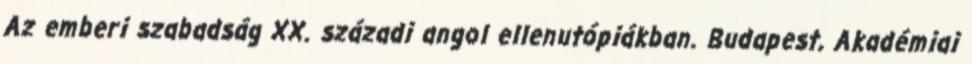
Az emberi szabadság XX. századi angol ellenutópiákban. Budapest, Akadémiai